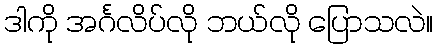
ဒါကို အင်္ဂလိပ်လို ဘယ်လို ပြောသလဲ။